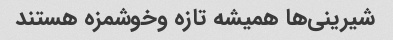
شیرینی‌ها همیشه تازه وخوشمزه هستند